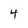
Character: 4